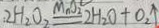
: 2 H _ { 2 } O _ { 2 } \xlongequal { M n O _ { 2 } } 2 H _ { 2 } O + O _ { 2 } \uparrow